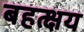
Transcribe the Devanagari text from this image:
बहत्क्षय